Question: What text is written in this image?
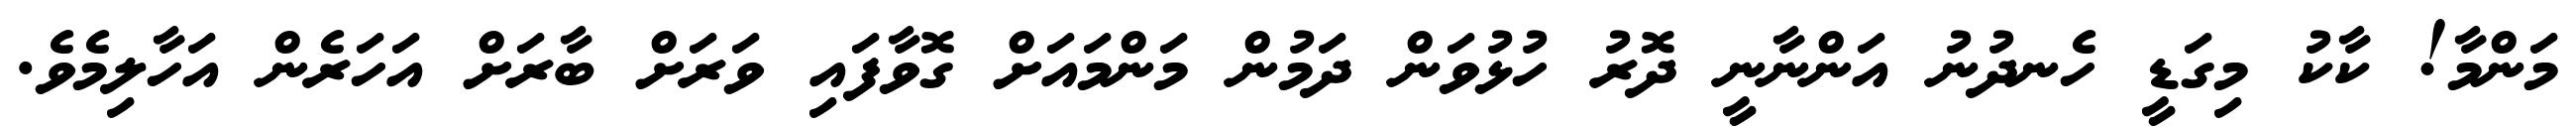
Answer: މަންމާ! ކާކު މިގަޑީ ހެނދުނު އަންނާނީ ދޮރު ހުޅުވަން ދަމުން މަންމައަށް ގޮވާފައި ވަރަށް ބާރަށް އަހަރެން އަހާލިމެވެ.